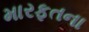
મારફતના